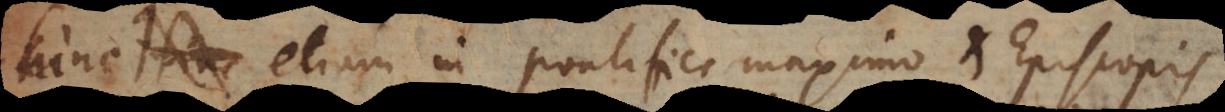
Hinc etiam in pontifice maximo et episcopis